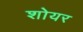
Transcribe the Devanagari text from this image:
शोयर